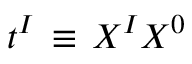
t ^ { I } \, \equiv \, { \o { X ^ { I } } { X ^ { 0 } } }